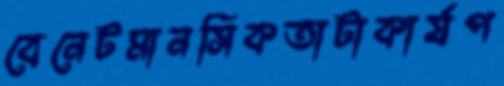
বেনেটমানসিকতাটাকার্যপ